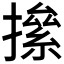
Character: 𢴱